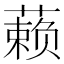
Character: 𰱾